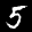
Label: 5